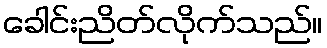
ခေါင်းညိတ်လိုက်သည်။